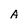
Character: A